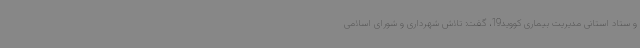
و ستاد استانی مدیریت بیماری کووید19، گفت: تلاش شهرداری و شورای اسلامی